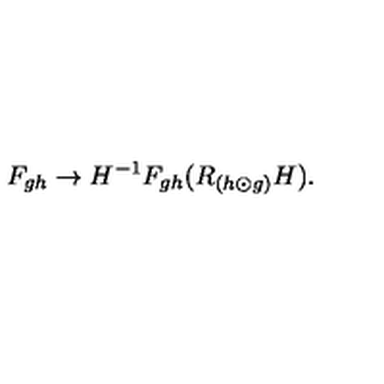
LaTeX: F _ { g h } \rightarrow H ^ { - 1 } F _ { g h } ( R _ { ( h \odot g ) } H ) .